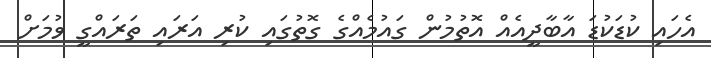
އެހައި ކުޑަކުޑަ އާބާދީއެއް އޮތުމުން ގައުމެއްގެ ގޮތުގައި ކުރި އަރައި ތަރައްގީ ވުމަށް